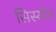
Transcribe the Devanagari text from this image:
सिस्योर